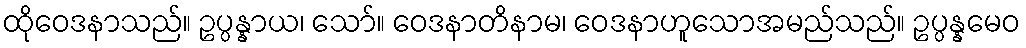
ထိုဝေဒနာသည်။ ဥပ္ပန္နာယ၊ သော်။ ဝေဒနာတိနာမ၊ ဝေဒနာဟူသောအမည်သည်။ ဥပ္ပန္နမေဝ